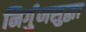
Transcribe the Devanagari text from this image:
निर्गुणसुद्धा